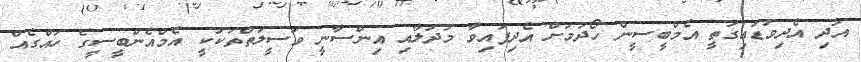
އަދި އެދިވަޑައިގަތީ އެމްބީސީން ހޯދުމަށް އެދިފައިވާ މުދަލާއި އިންސާނީ ވަސީލަތްތަކަކީ އެމްއެންބީސީގެ ހައްގެއް